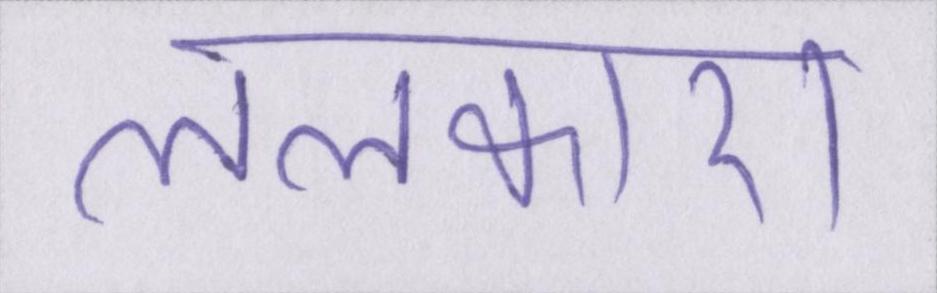
ललकारा